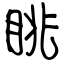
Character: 眺